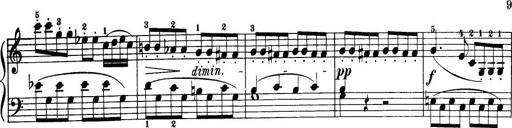
Title: 32 Sonatinas and Rondos for the Piano
Composer: Richard Kleinmichel